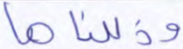
وذللناها